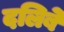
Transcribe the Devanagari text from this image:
दलिबे